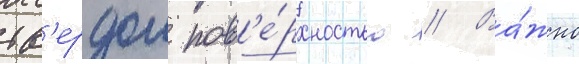
тв'ердои пов'е́рхностью // Ва́жно